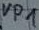
Text: VP1